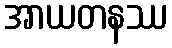
အာယတနဿ